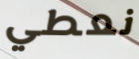
نعطي